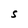
Character: S